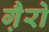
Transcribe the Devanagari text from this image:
गै़रो